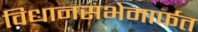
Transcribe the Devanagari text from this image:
विधानसभेमार्फत